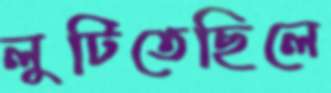
লুটিতেছিলে